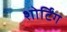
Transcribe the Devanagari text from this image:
शोर्टिंग